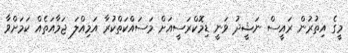
މީގެ އިތުރުން ރައީސް ނަޝީދު ވަނީ ޑިމޮކްރަސީއަށް މަސައްކަތްކުރާ އަމިއްލަ ޖަމާއަތެއް ކަމަށްވާ